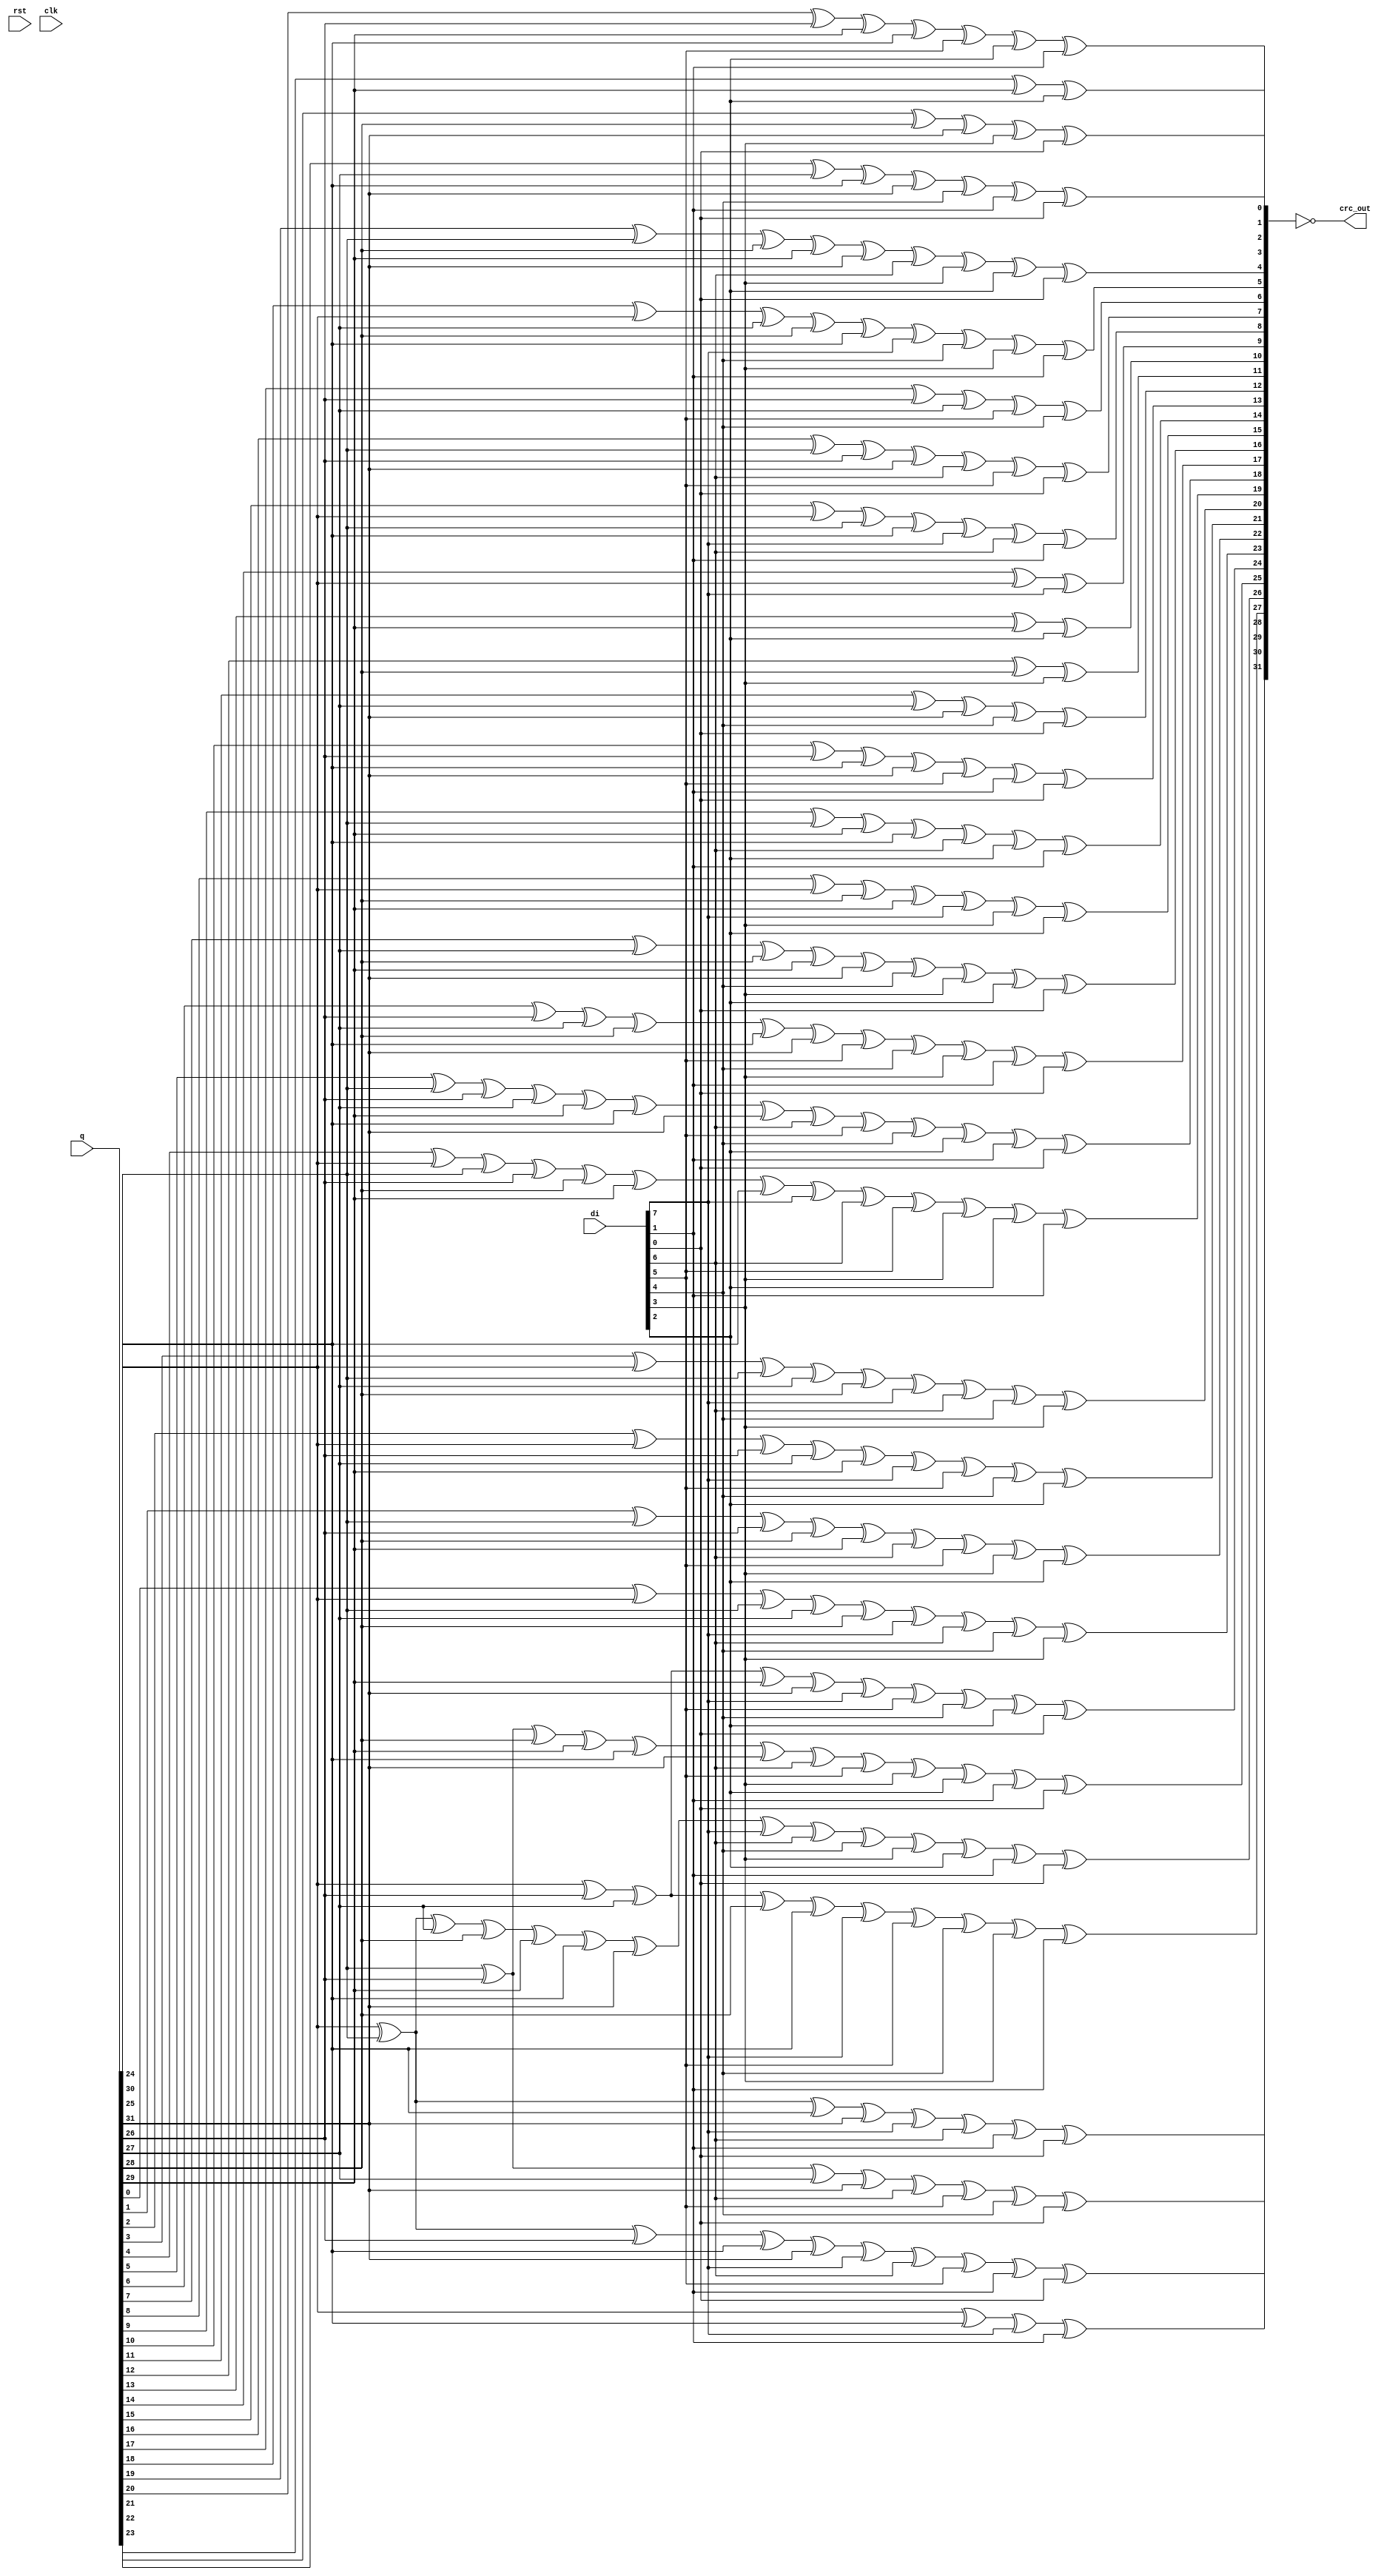
module usb3_crc_dpp8 (
input 	wire	[7:0]	di,
input	wire	[31:0]	q,
output	wire	[31:0]	crc_out,
input	wire			rst,
input	wire			clk
);
wire [31:0]	c;
wire [7:0] d = {	di[0 ],di[1 ],di[2 ],di[3 ],di[4 ],di[5 ],di[6 ],di[7]};
assign crc_out = ~{	c[0],  c[1],  c[2],  c[3],  c[4],  c[5],  c[6],  c[7], 
					c[8],  c[9],  c[10], c[11], c[12], c[13], c[14], c[15],
					c[16], c[17], c[18], c[19], c[20], c[21], c[22], c[23], 
					c[24], c[25], c[26], c[27], c[28], c[29], c[30], c[31]};
assign	c[0] = q[24] ^ q[30] ^ d[0] ^ d[6];
assign	c[1] = q[24] ^ q[25] ^ q[30] ^ q[31] ^ d[0] ^ d[1] ^ d[6] ^ d[7];
assign	c[2] = q[24] ^ q[25] ^ q[26] ^ q[30] ^ q[31] ^ d[0] ^ d[1] ^ d[2] ^ d[6] ^ d[7];
assign	c[3] = q[25] ^ q[26] ^ q[27] ^ q[31] ^ d[1] ^ d[2] ^ d[3] ^ d[7];
assign	c[4] = q[24] ^ q[26] ^ q[27] ^ q[28] ^ q[30] ^ d[0] ^ d[2] ^ d[3] ^ d[4] ^ d[6];
assign	c[5] = q[24] ^ q[25] ^ q[27] ^ q[28] ^ q[29] ^ q[30] ^ q[31] ^ d[0] ^ d[1] ^ d[3] ^ d[4] ^ d[5] ^ d[6] ^ d[7];
assign	c[6] = q[25] ^ q[26] ^ q[28] ^ q[29] ^ q[30] ^ q[31] ^ d[1] ^ d[2] ^ d[4] ^ d[5] ^ d[6] ^ d[7];
assign	c[7] = q[24] ^ q[26] ^ q[27] ^ q[29] ^ q[31] ^ d[0] ^ d[2] ^ d[3] ^ d[5] ^ d[7];
assign	c[8] = q[0] ^ q[24] ^ q[25] ^ q[27] ^ q[28] ^ d[0] ^ d[1] ^ d[3] ^ d[4];
assign	c[9] = q[1] ^ q[25] ^ q[26] ^ q[28] ^ q[29] ^ d[1] ^ d[2] ^ d[4] ^ d[5];
assign	c[10] = q[2] ^ q[24] ^ q[26] ^ q[27] ^ q[29] ^ d[0] ^ d[2] ^ d[3] ^ d[5];
assign	c[11] = q[3] ^ q[24] ^ q[25] ^ q[27] ^ q[28] ^ d[0] ^ d[1] ^ d[3] ^ d[4];
assign	c[12] = q[4] ^ q[24] ^ q[25] ^ q[26] ^ q[28] ^ q[29] ^ q[30] ^ d[0] ^ d[1] ^ d[2] ^ d[4] ^ d[5] ^ d[6];
assign	c[13] = q[5] ^ q[25] ^ q[26] ^ q[27] ^ q[29] ^ q[30] ^ q[31] ^ d[1] ^ d[2] ^ d[3] ^ d[5] ^ d[6] ^ d[7];
assign	c[14] = q[6] ^ q[26] ^ q[27] ^ q[28] ^ q[30] ^ q[31] ^ d[2] ^ d[3] ^ d[4] ^ d[6] ^ d[7];
assign	c[15] = q[7] ^ q[27] ^ q[28] ^ q[29] ^ q[31] ^ d[3] ^ d[4] ^ d[5] ^ d[7];
assign	c[16] = q[8] ^ q[24] ^ q[28] ^ q[29] ^ d[0] ^ d[4] ^ d[5];
assign	c[17] = q[9] ^ q[25] ^ q[29] ^ q[30] ^ d[1] ^ d[5] ^ d[6];
assign	c[18] = q[10] ^ q[26] ^ q[30] ^ q[31] ^ d[2] ^ d[6] ^ d[7];
assign	c[19] = q[11] ^ q[27] ^ q[31] ^ d[3] ^ d[7];
assign	c[20] = q[12] ^ q[28] ^ d[4];
assign	c[21] = q[13] ^ q[29] ^ d[5];
assign	c[22] = q[14] ^ q[24] ^ d[0];
assign	c[23] = q[15] ^ q[24] ^ q[25] ^ q[30] ^ d[0] ^ d[1] ^ d[6];
assign	c[24] = q[16] ^ q[25] ^ q[26] ^ q[31] ^ d[1] ^ d[2] ^ d[7];
assign	c[25] = q[17] ^ q[26] ^ q[27] ^ d[2] ^ d[3];
assign	c[26] = q[18] ^ q[24] ^ q[27] ^ q[28] ^ q[30] ^ d[0] ^ d[3] ^ d[4] ^ d[6];
assign	c[27] = q[19] ^ q[25] ^ q[28] ^ q[29] ^ q[31] ^ d[1] ^ d[4] ^ d[5] ^ d[7];
assign	c[28] = q[20] ^ q[26] ^ q[29] ^ q[30] ^ d[2] ^ d[5] ^ d[6];
assign	c[29] = q[21] ^ q[27] ^ q[30] ^ q[31] ^ d[3] ^ d[6] ^ d[7];
assign	c[30] = q[22] ^ q[28] ^ q[31] ^ d[4] ^ d[7];
assign	c[31] = q[23] ^ q[29] ^ d[5];
endmodule